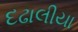
દઢાલીયા